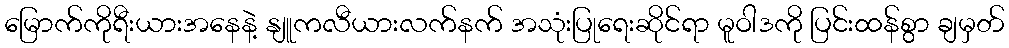
မြောက်ကိုရီးယားအနေနဲ့ နျူကလီယားလက်နက် အသုံးပြုရေးဆိုင်ရာ မူဝါဒကို ပြင်းထန်စွာ ချမှတ်